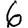
Digit: 6